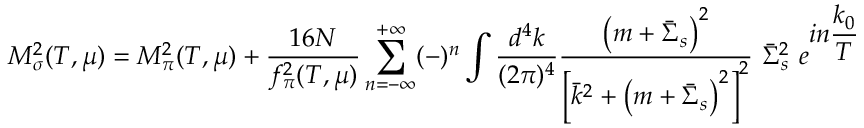
M _ { \sigma } ^ { 2 } ( T , \mu ) = M _ { \pi } ^ { 2 } ( T , \mu ) + { \frac { 1 6 N } { f _ { \pi } ^ { 2 } ( T , \mu ) } } \sum _ { n = - \infty } ^ { + \infty } ( - ) ^ { n } \int { \frac { d ^ { 4 } k } { ( 2 \pi ) ^ { 4 } } } { \frac { \left( m + { \bar { \Sigma } } _ { s } \right) ^ { 2 } } { \left[ { \bar { k } } ^ { 2 } + \left( m + { \bar { \Sigma } } _ { s } \right) ^ { 2 } \right] ^ { 2 } } } ~ { \bar { \Sigma } } _ { s } ^ { 2 } ~ e ^ { \displaystyle { i n { \frac { k _ { 0 } } { T } } } }